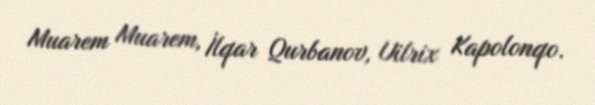
Muarem Muarem, İlqar Qurbanov, Uilrix Kapolonqo.